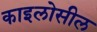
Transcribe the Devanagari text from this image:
काइलोसील